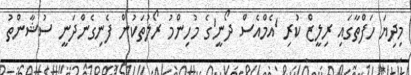
މިދިޔަ ހަފްތާގައި ރިލީޒް ކުރި 'އެމްއެސް ދޯނީ'ގެ މުހިންމު ރޯލުތަކުން ފެނިގެންދަނީ ސުޝާންތު